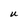
Character: U